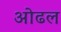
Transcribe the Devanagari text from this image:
ओढल